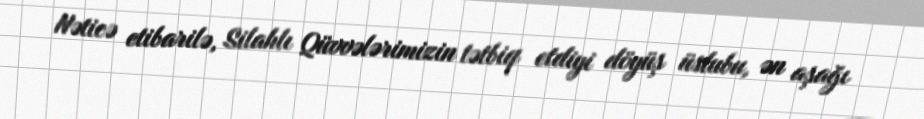
Nəticə etibarilə, Silahlı Qüvvələrimizin tətbiq etdiyi döyüş üslubu, ən aşağı